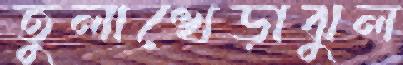
তুলাখেড়াঝুল